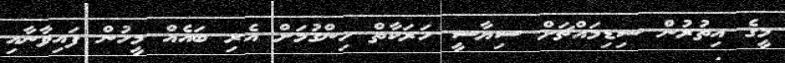
މީގެ އިތުރުން ސިޑިމައްޗަށް ސިޔާސީ ހަރަކާތް ހިންގުމަށް އެރި ބައެއް މީހުން ފައިވާނާއި